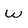
Character: W